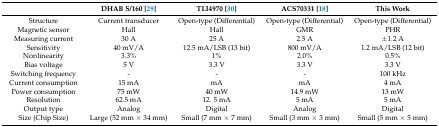
<table><thead><tr><td></td><td><b>DHAB S/160 [29]</b></td><td><b>TLI4970 [30]</b></td><td><b>ACS70331 [18]</b></td><td><b>This Work</b></td></tr></thead><tbody><tr><td>Structure</td><td>Current transducer</td><td>Open-type (Differential)</td><td>Open-type (Differential)</td><td>Open-type (Differential)</td></tr><tr><td>Magnetic sensor</td><td>Hall</td><td>Hall</td><td>GMR</td><td>PHR</td></tr><tr><td>Measuring current</td><td>30 A</td><td>25 A</td><td>2.5 A</td><td>±1.2 A</td></tr><tr><td>Sensitivity</td><td>40 mV/A</td><td>12.5 mA/LSB (13 bit)</td><td>800 mV/A</td><td>1.2 mA/LSB (12 bit)</td></tr><tr><td>Nonlinearity</td><td>3.3%</td><td>1%</td><td>2.0%</td><td>0.5%</td></tr><tr><td>Bias voltage</td><td>5 V</td><td>3.3 V</td><td>3.3 V</td><td>3.3 V</td></tr><tr><td>Switching frequency</td><td>-</td><td>-</td><td>-</td><td>100 kHz</td></tr><tr><td>Current consumption</td><td>15 mA</td><td>mA</td><td>mA</td><td>4 mA</td></tr><tr><td>Power consumption</td><td>75 mW</td><td>40 mW</td><td>14.9 mW</td><td>13 mW</td></tr><tr><td>Resolution</td><td>62.5 mA</td><td>12. 5 mA</td><td>5 mA</td><td>5 mA</td></tr><tr><td>Output type</td><td>Analog</td><td>Digital</td><td>Analog</td><td>Digital</td></tr><tr><td>Size (Chip Size)</td><td>Large (52 mm × 34 mm)</td><td>Small (7 mm × 7 mm)</td><td>Small (3 mm × 3 mm)</td><td>Small (5 mm × 5 mm)</td></tr></tbody></table>